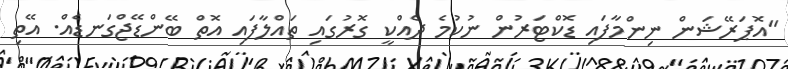
"އޮޕަރޭޝަން ނިންމާފައި ޑޮކްޓަރުން ނުކުމެ ދެއްކީ ގޮރުގައި ތައްލާފައި އޮތް ބޭންޑޭޖްގަނޑެއް. އޭތި